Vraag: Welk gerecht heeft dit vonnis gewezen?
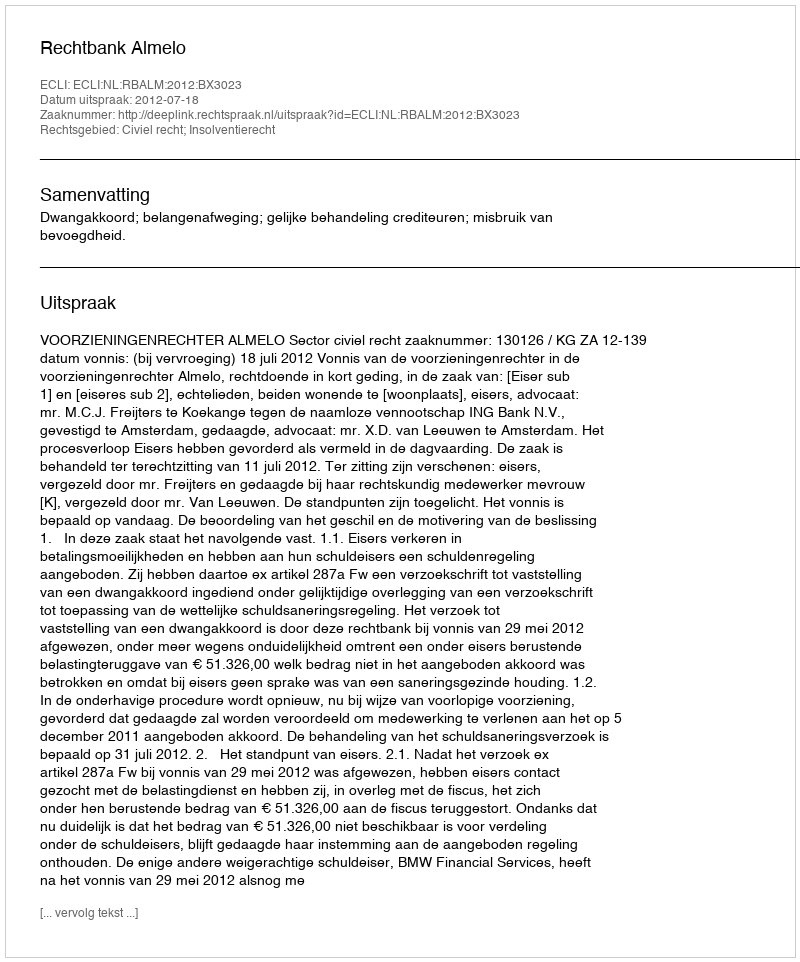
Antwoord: Rechtbank Almelo